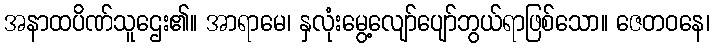
အနာထပိဏ်သူဌေး၏။ အာရာမေ၊ နှလုံးမွေ့လျော်ပျော်ဘွယ်ရာဖြစ်သော။ ဇေတဝနေ၊